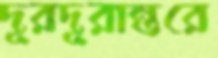
দূরদূরান্তরে